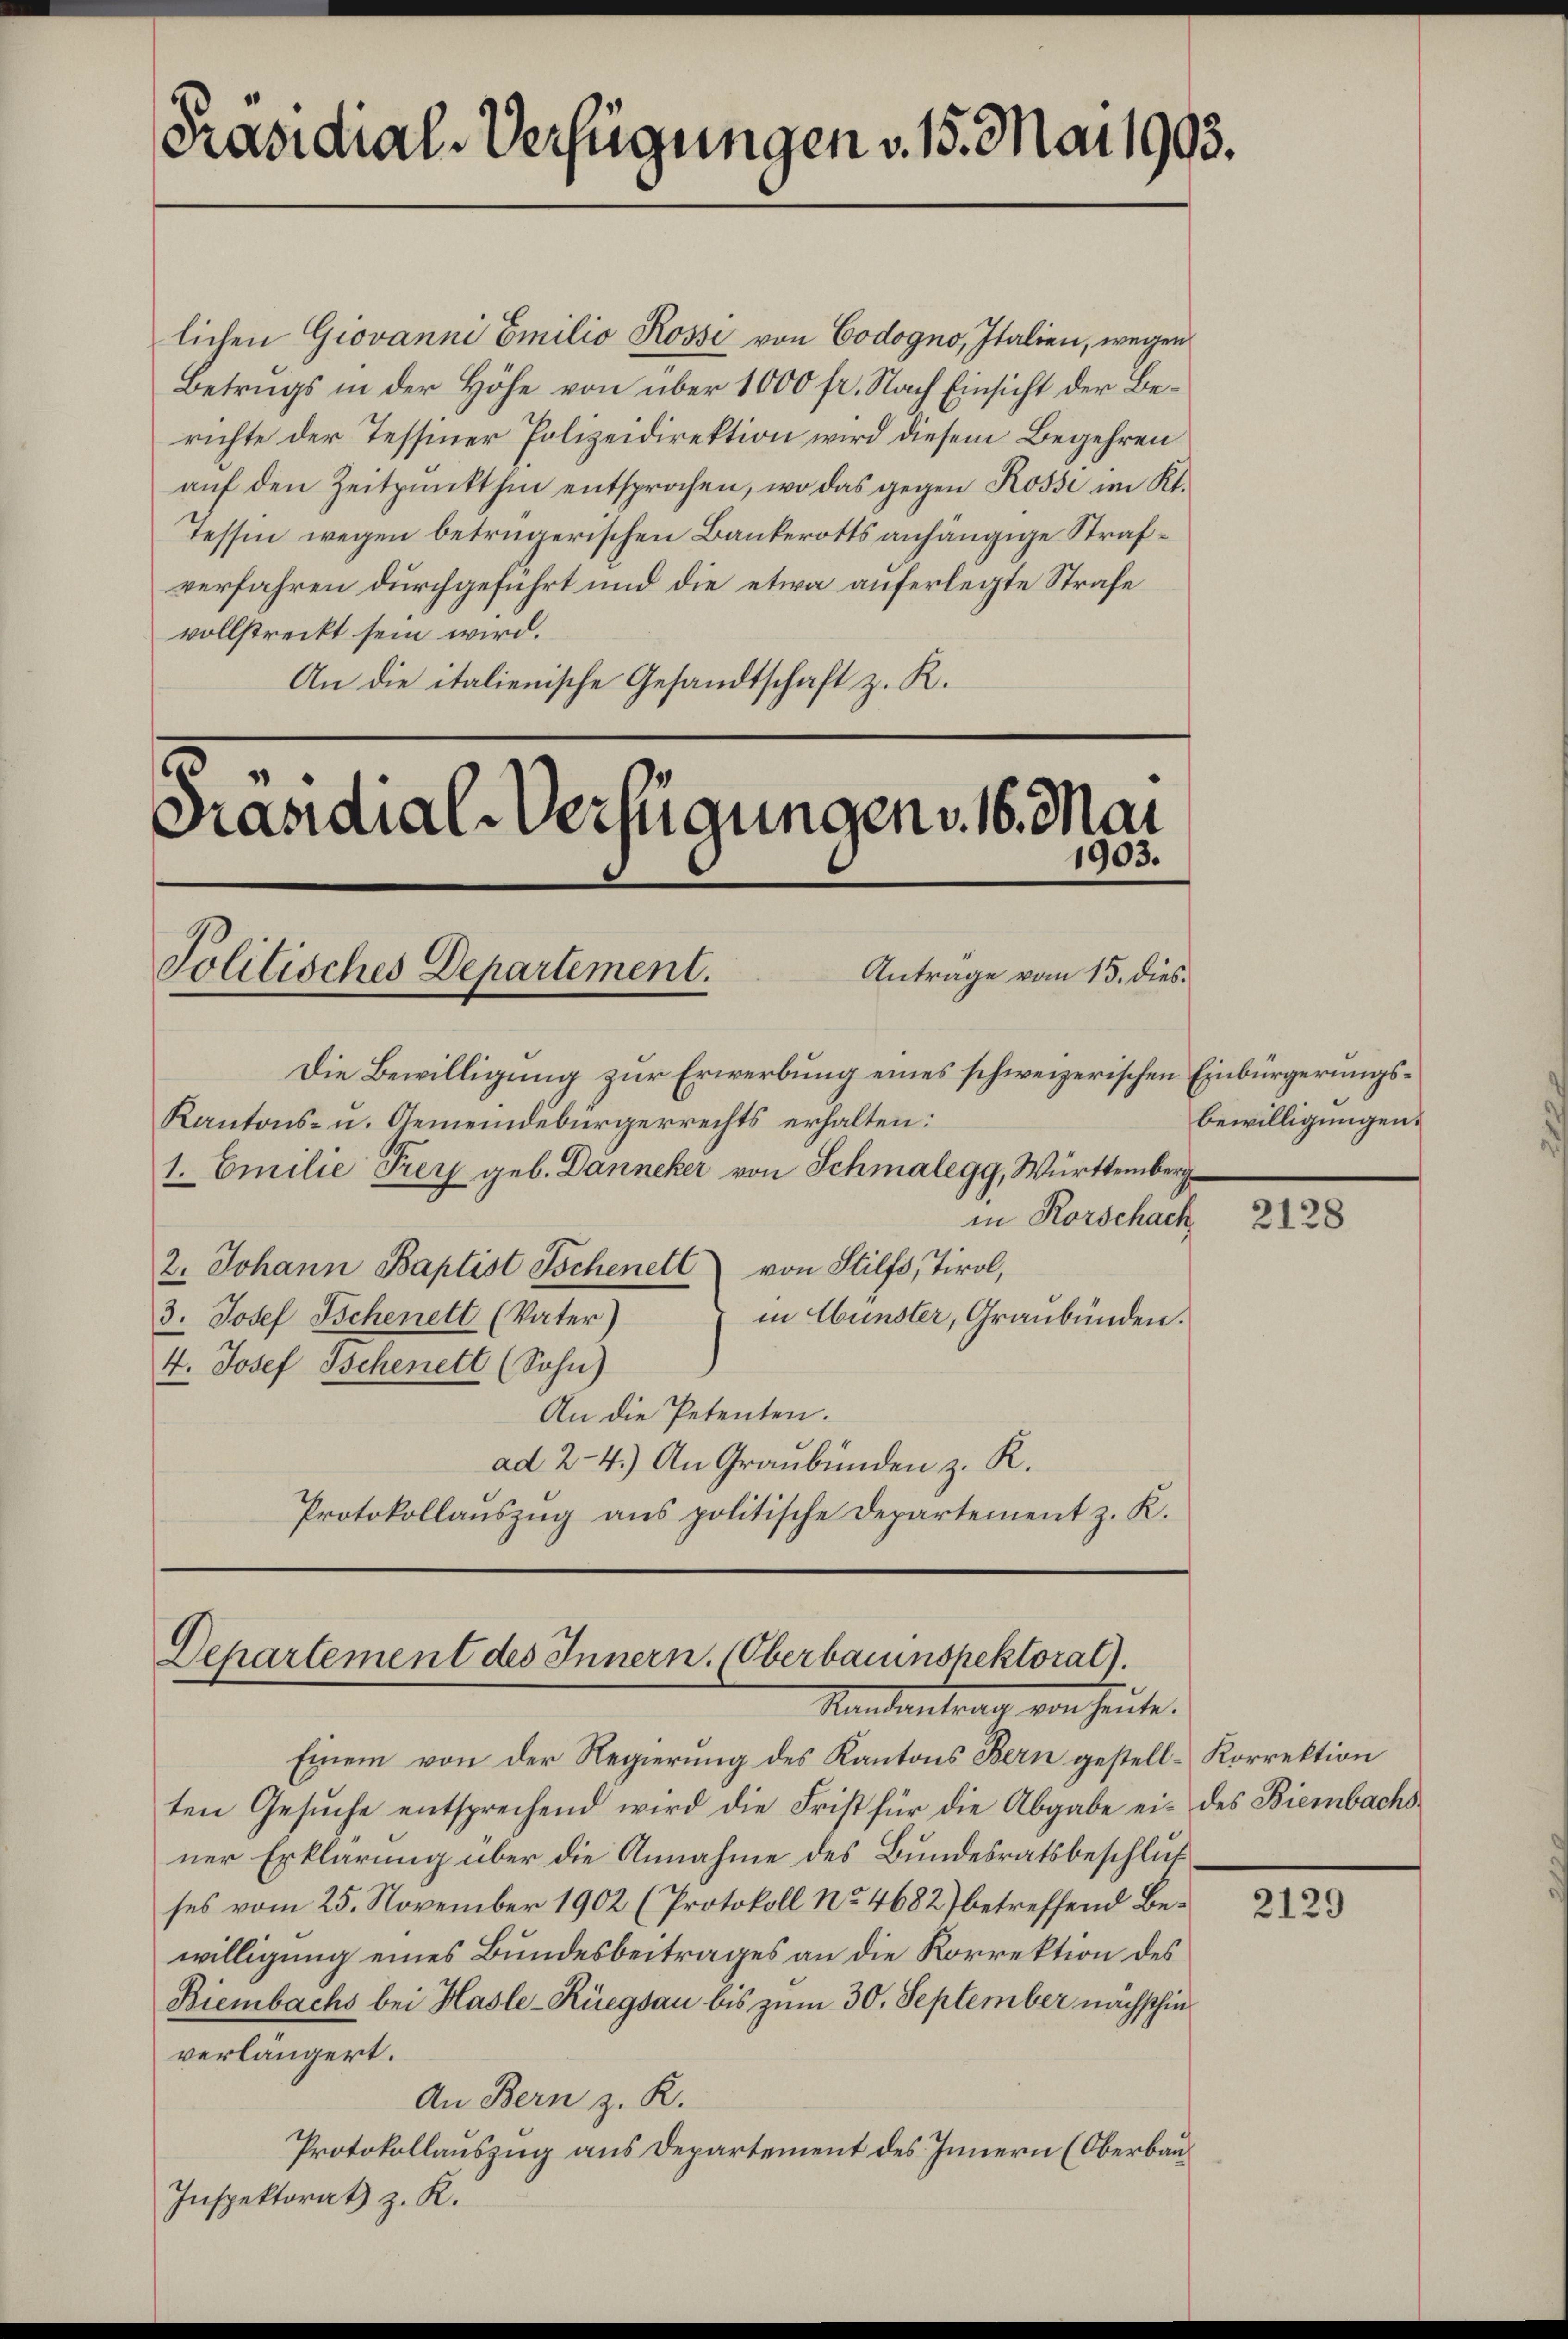
Präsidial-Verfügungen v. 15. Mai 1903.

lichen Giovanni Emilio Rosse von Codogno, Italien, wegen
Betrugs in der Höhe von über 1000 fr. Nach Einsicht der Berichte der Tessiner Polizeidirektion wird diesem Begehren
aŭf den Zeitpunkt hin entsprochen, wo das gegen Rosse im Kt.
Tessin wegen betrügerischen Bankerotts anhängige Strafverfahren durchgeführt und die etwa auferlegte Strafe
vollstreckt sein wird.
An die italienische Gesandtschaft z. R.
1
Prandial-Verfügungen v. 16. Mai

1903.
Politisches Departement.
Antrage vom 15. dies¬

Die Bewilligung zur Erwerbung eines schweizerischen Einbürgerungs¬
Kantons- u. Gemeindebürgerrechts erhalten:
1. Emilie Frey geb. Danneker von Schmalegg, Württemberg
in Rorschach
2. Johann Baptist Tschenell von Stilfs, Tirol,
in Gunster, Graubünden.
3. Josef Schenett (Vater)

4. Josef Tschenett (Sohn)
An die Petenten.
ad 2-4.) An Graubünden z. R.
Protokollauszug aus politische Departement z. K.

Einem von der Regierung des Kantons Bern gestell-Korrektion
ten Gesuche entsprechend wird die Frist für die Abgabe ei- des Biembachsner Erklärung über die Annahme des Bundesratsbeschlußses vom 25. November 1902 (Protokoll No 4682) betreffend Bewilligung eines Bundesbeitrages an die Korrektion des
Biembachs bei Hasle-Rüegsau bis zum 30. September nächsthin
verlängert.
An Bern z. R.
Protokollauszug aus Departement des Innern (Oberbau¬
Inspektorat z. K.

Departement des Innern. (Oberbauinspektoral).
Mandanter von heute.

bewilligungen.

2128

2129